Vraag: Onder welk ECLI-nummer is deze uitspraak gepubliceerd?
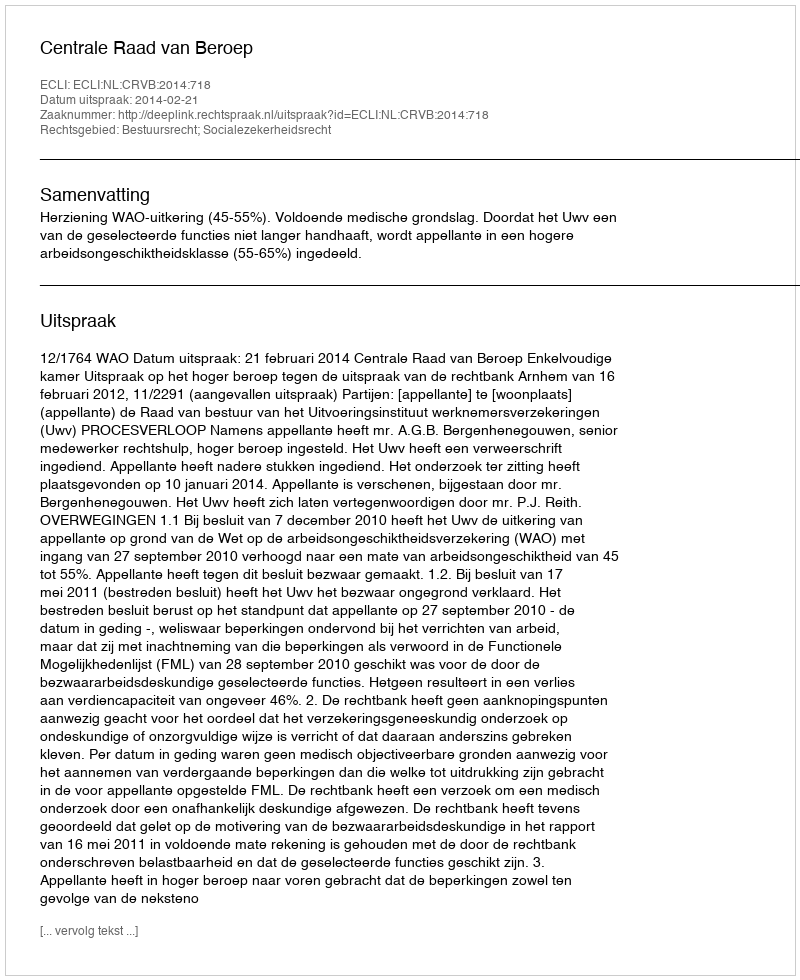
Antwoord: ECLI:NL:CRVB:2014:718